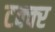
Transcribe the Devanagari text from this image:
टक्क्‍र